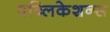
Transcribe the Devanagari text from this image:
पब्लिकेशन्‍स